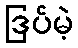
ဒြပ်မဲ့